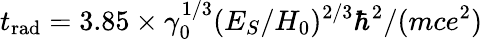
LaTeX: t_{\mathrm{rad}}=3.85\times\gamma_{0}^{1/3}(E_{S}/H_{0})^{2/3}\hbar^{2}/(mce^{2})